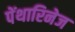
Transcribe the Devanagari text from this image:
पेंथारिनेज